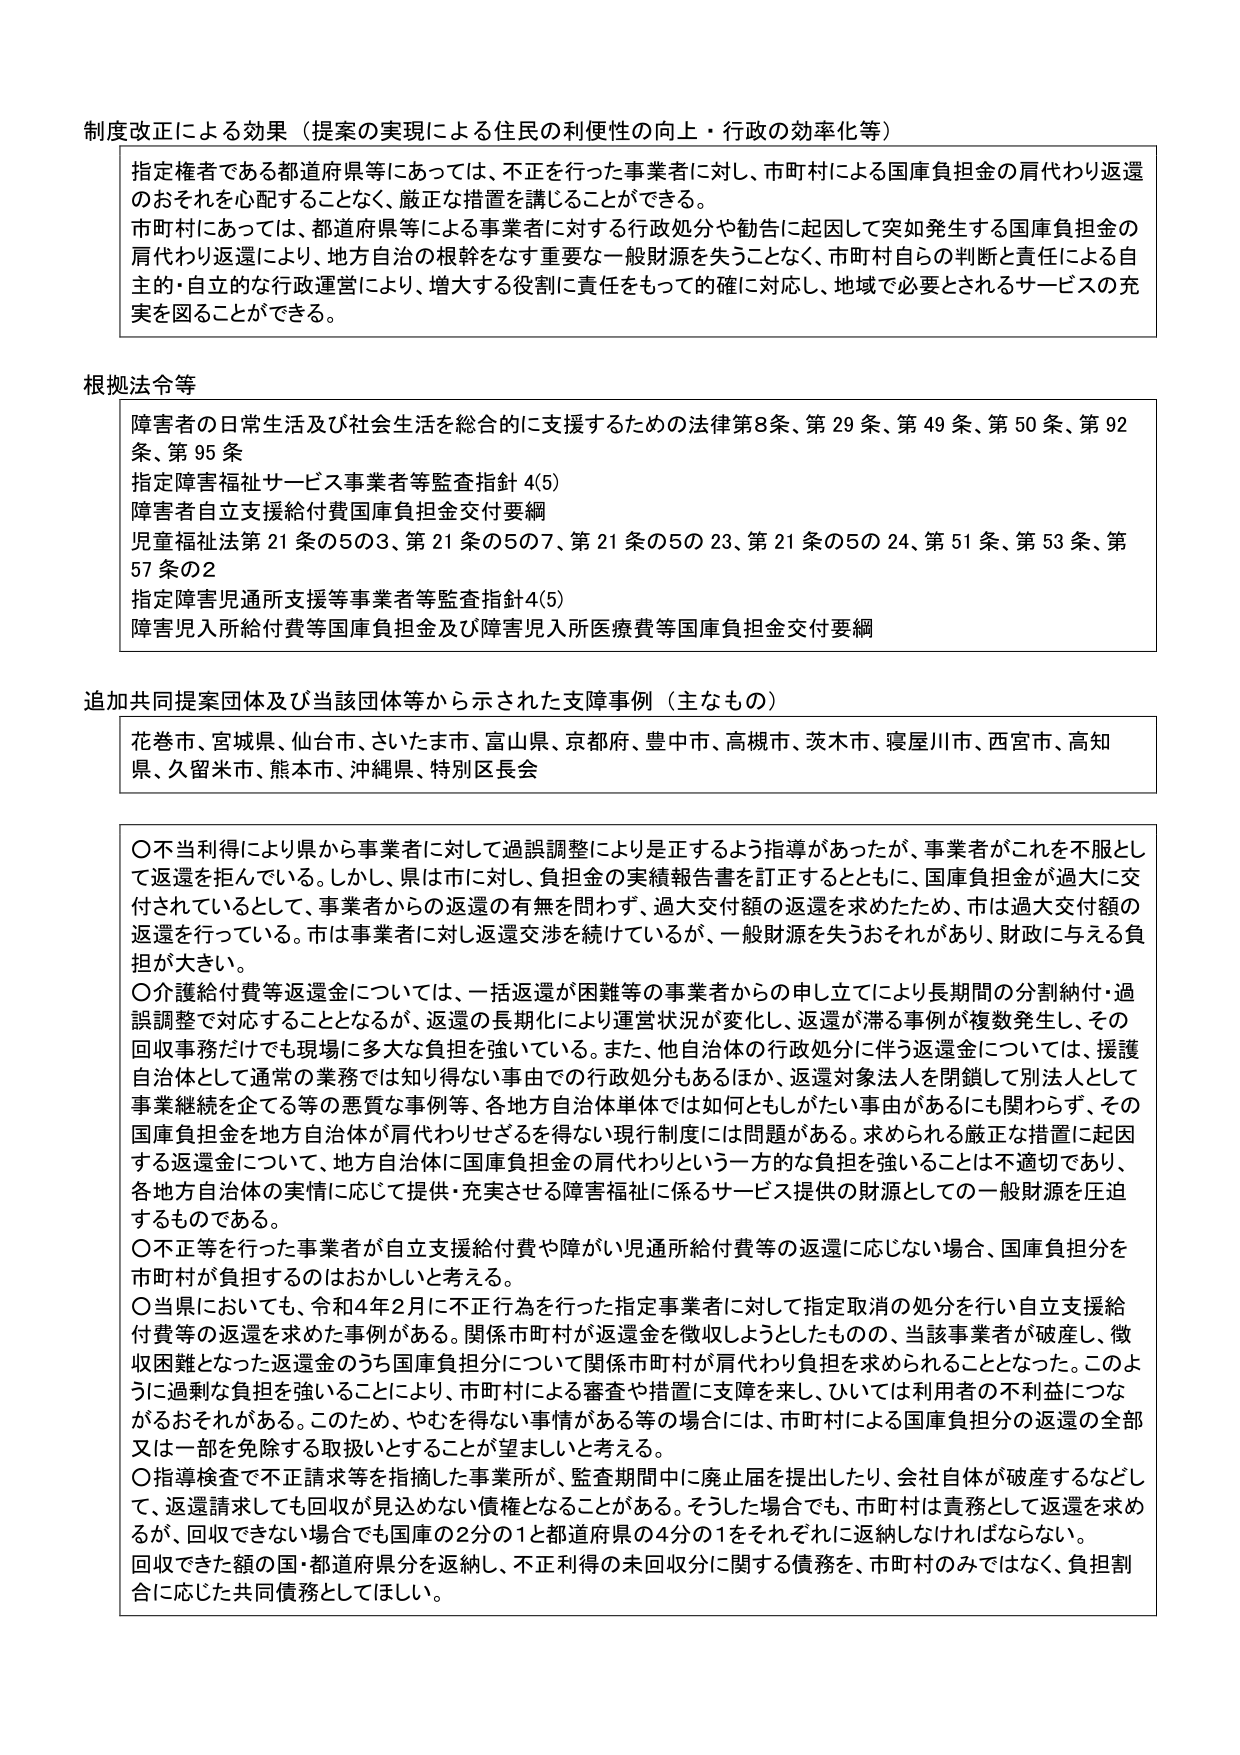
制度改正による効果（提案の実現による住民の利便性の向上・行政の効率化等）

指定権者である都道府県等にあっては、不正を行った事業者に対し、市町村による国庫負担金の肩代わり返還のおそれを心配することなく、厳正な措置を講じることができる。
市町村にあっては、都道府県等による事業者に対する行政処分や勧告に起因して突如発生する国庫負担金の肩代わり返還により、地方自治の根幹をなす重要な一般財源を失うことなく、市町村自らの判断と責任による自主的・自立的な行政運営により、増大する役割に責任をもって的確に対応し、地域で必要とされるサービスの充実を図ることができる。

根拠法令等

障害者の日常生活及び社会生活を総合的に支援するための法律第8条、第29条、第49条、第50条、第92条、第95条
指定障害福祉サービス事業者等監査指針4(5)
障害者自立支援給付費国庫負担金交付要綱
児童福祉法第21条の5の3、第21条の5の7、第21条の5の23、第21条の5の24、第51条、第53条、第57条の2
指定障害児通所支援等事業者等監査指針4(5)
障害児入所給付費等国庫負担金及び障害児入所医療費等国庫負担金交付要綱

追加共同提案団体及び当該団体等から示された支援事例（主なもの）

花巻市、宮城県、仙台市、さいたま市、富山県、京都府、豊中市、高槻市、茨木市、寝屋川市、西宮市、高知県、久留米市、熊本市、沖縄県、特別区長会

○不当利得により県から事業者に対して過誤調整により是正するよう指導があったが、事業者がこれを不服として返還を拒んでいる。しかし、県は市に対し、負担金の実績報告書を訂正するとともに、国庫負担金が過大に交付されているとして、事業者からの返還の有無を問わず、過大交付額の返還を求めたため、市は過大交付額の返還を行っている。市は事業者に対し返還交渉を続けているが、一般財源を失うおそれがあり、財政に与える負担が大きい。
○介護給付費等返還金については、一括返還が困難等の事業者からの申し立てにより長期間の分割納付・過誤調整で対応することとなるが、返還の長期化により運営状況が変化し、返還が滞る事例が複数発生し、その回収事務だけでも現場に多大な負担を強いている。また、他自治体の行政処分に伴う返還金については、援護自治体として通常の業務では知り得ない事由での行政処分もあるほか、返還対象法人を閉鎖して別法人として事業継続を企てる等の悪質な事例等、各地方自治体単体では如何ともしがたい事由があるにも関わらず、その国庫負担金を地方自治体が肩代わりせざるを得ない現行制度には問題がある。求められる厳正な措置に起因する返還金について、地方自治体に国庫負担金の肩代わりという一方的な負担を強いることは不適切であり、各地方自治体の実情に応じて提供・充実させる障害福祉に係るサービス提供の財源としての一般財源を圧迫するものである。
○不正等を行った事業者が自立支援給付費や障がい児通所給付費等の返還に応じない場合、国庫負担分を市町村が負担するのはおかしいと考える。
○当県においても、令和4年2月に不正行為を行った指定事業者に対して指定取消の処分を行い自立支援給付費等の返還を求めた事例がある。関係市町村が返還金を徴収しようとしたものの、当該事業者が破産し、徴収困難となった返還金のうち国庫負担分について関係市町村が肩代わり負担を求められることとなった。このように過剰な負担を強いることにより、市町村による審査や措置に支障を来し、ひいては利用者の不利益につながるおそれがある。このため、やむを得ない事情がある等の場合には、市町村による国庫負担分の返還の全部又は一部を免除する取扱いとすることが望ましいと考える。
○指導検査で不正請求等を指摘した事業所が、監査期間中に廃止届を提出したり、会社自体が破産するなどして、返還請求しても回収が見込めない債権となることがある。そうした場合でも、市町村は責務として返還を求めが、回収できない場合でも国庫の2分の1と都道府県の4分の1をそれぞれに返納しなければならない。回収できた額の国・都道府県分を返納し、不正利得の未回収分に関する債務を、市町村のみではなく、負担割合に応じた共同債務としてほしい。